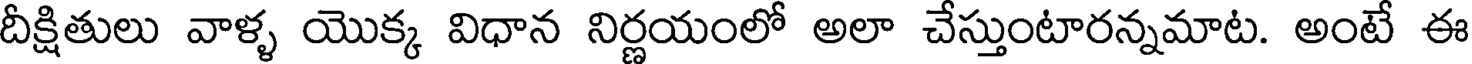
దీక్షితులు వాళ్ళ యొక్క విధాన నిర్ణయంలో అలా చేస్తుంటారన్నమాట. అంటే ఈ